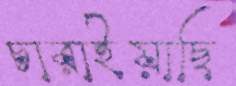
চারাইয়াছি